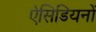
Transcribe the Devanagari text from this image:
ऐसिडियनों